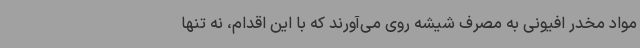
مواد مخدر افیونی به مصرف شیشه روی می‌آورند که با این اقدام، نه تنها